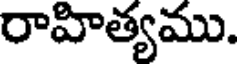
రాహిత్యము.